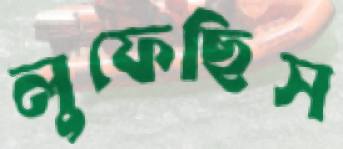
লুফেছিস